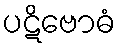
ပဋိဗောဓံ